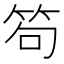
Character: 笱